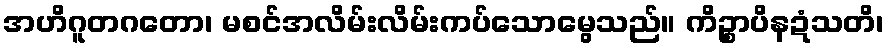
အဟိဂူတဂတော၊ မစင်အလိမ်းလိမ်းကပ်သောမွေသည်။ ကိဉ္စာပိနဍံသတိ၊